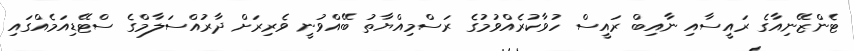
ޓެންޒޭނިއާގެ ރައީސާއި ނާއިބް ރައީސް ހުވާކުރެއްވުމުގެ ރަސްމިއްޔާތު ބޭއްވުނީ ވެރިރަށް ދާރުއްސަލާމްގެ ސްޓޭޑިއަމެއްގައި